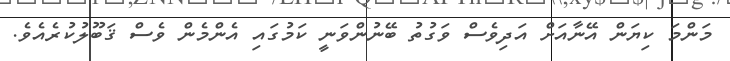
މަންމަ ކިޔަން އޭނާއަށް އަދިވެސް ވަގުތު ބޭނުންވަނީ ކަމުގައި އެންމެން ވެސް ޤަބޫލުކުރެއެވެ.